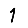
Digit: 1